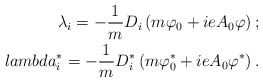
\begin{align*}\lambda _{i}=-\frac{1}{m}D_{i}\left( m\varphi _{0}+ieA_{0}\varphi \right) ;\\lambda _{i}^{\ast }=-\frac{1}{m}D_{i}^{\ast }\left( m\varphi _{0}^{\ast}+ieA_{0}\varphi ^{\ast }\right) . \end{align*}